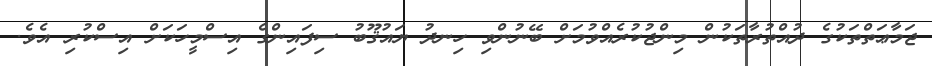
ޖަމާޢަތްތަކުގެ ދުއްތުރާތަކުން މިންޖުކުރެއްވުމަށް ބޭނުންވި ހިނދު ޔައުޤޫބު ސިފައިންގެ އިސްމީހަކަށް އިސްކުރި އެވެ.